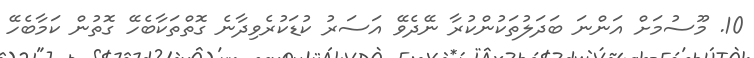
10. މޫސުމަށް އަންނަ ބަދަލުތަކުންކުރާ ނޭދެވޭ އަސަރު ކުޑަކުރެވިދާނެ ގޮތްތަކާބެހޭ ގޮތުން ކަމާބެހޭ